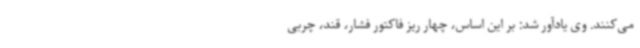
می‌کنند. وی یادآور شد: بر این اساس، چهار ریز فاکتور فشار، قند، چربی